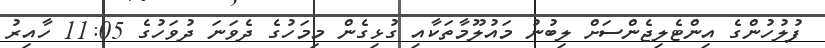
ފުލުހުންގެ އިންޓެލިޖެންސަށް ލިބުނު މައުލޫމާތަކާއި ގުޅިގެން މިމަހުގެ ދެވަނަ ދުވަހުގެ 11:05 ހާއިރު